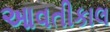
આવતીકાલ